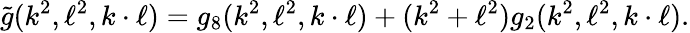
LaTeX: \tilde{g}(k^{2},\ell^{2},k\cdot\ell)=g_{8}(k^{2},\ell^{2},k\cdot\ell)+(k^{2}+\ell^{2})g_{2}(k^{2},\ell^{2},k\cdot\ell).